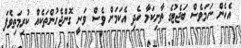
އެހެން ނަމަވެސް ބަޖެޓުގެ ތާށިކަމާ ހެދި އެކަމަށް ވެސް ވަނީ ގޮންޖެހުންތަކެއް ކުރިމަތިވެފަ